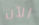
الآن